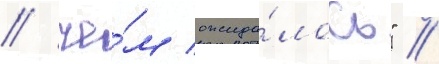
/ че́м ожида́лось" //